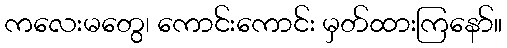
ကလေးမတွေ၊ ကောင်းကောင်း မှတ်ထားကြနော်။